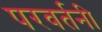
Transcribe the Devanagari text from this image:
परवर्तनी